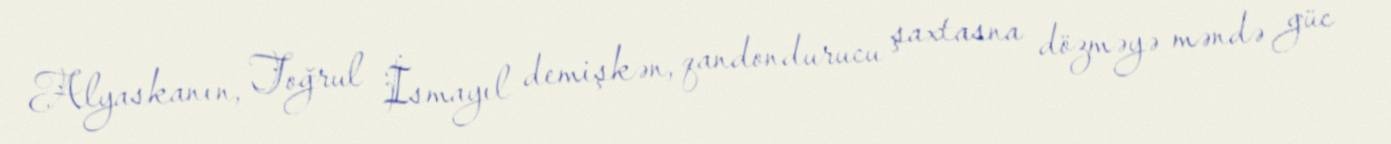
Alyaskanın, Toğrul İsmayıl demişkən, qandondurucu şaxtasna dözməyə məndə güc